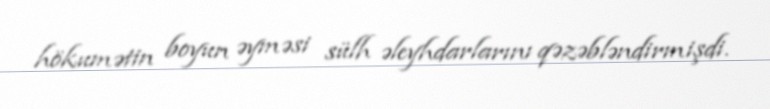
hökumətin boyun əyməsi sülh əleyhdarlarını qəzəbləndirmişdi.